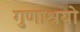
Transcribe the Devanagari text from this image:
गुणाश्रयो